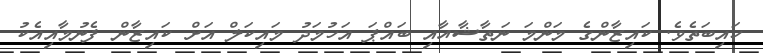
ހައިބަތެވެ. ކައިޒާންގެ މަންމަ ނަތާޝާއާއި ބައްޕަ އަހުމަދު މައިކަލް އަށް ކައިޒާން ފެނުމާއިއެކު